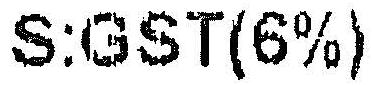
S:GST(6%)